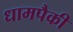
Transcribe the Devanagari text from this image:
धामपैकी